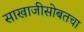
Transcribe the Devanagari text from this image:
साखाजीसोबतचा